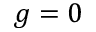
g = 0